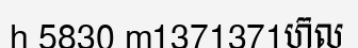
h 5830 m1371371ហ៊ល